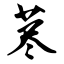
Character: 荩